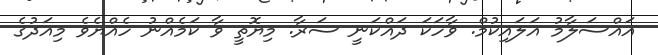
އައްސަލާމު އަލައިކުމް. ވާހަކަ ދައްކަނީ ސަރާ. މިޔޮތީ ވާ ކަމެއްނު ހެއްޔެވެ މިއަދުގެ